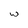
Character: w